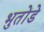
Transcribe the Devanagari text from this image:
भुतोंडे